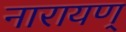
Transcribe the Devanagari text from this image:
नारायण्